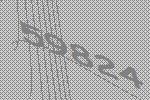
59824